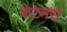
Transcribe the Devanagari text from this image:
शेटनर्स